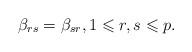
LaTeX: \begin{align*}\beta_{rs} = \beta_{sr},1\leqslant r, s\leqslant p. \end{align*}